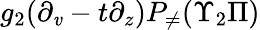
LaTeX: g_{2}(\partial_{\mathit{v}}-t\partial_{z})P_{\neq}(\Upsilon_{2}\Pi)